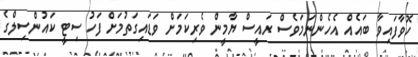
ހޮވާފައިވާ ބައެއް އެހެންނަމަވެސް ރައީސް ޔާމީން ވެރިކަމަށް ވަޑައިގަތުމަށް ފަހު ސިޓީ ކައުންސިލްގެ